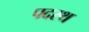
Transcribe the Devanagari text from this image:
पदस्‍थ